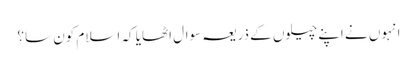
انہوں نے اپنے چیلوں کے ذریعہ سوال اٹھایا کہ اسلام کون سا؟